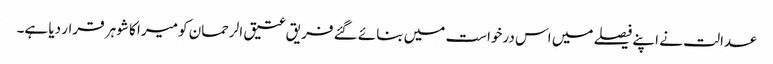
عدالت نے اپنے فیصلے میں اس درخواست میں بنائے گئے فریق عتیق الرحمان کو میرا کا شوہر قرار دیا ہے۔